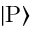
{ \left| { \mathrm { P } } \right\rangle }